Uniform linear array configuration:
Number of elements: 16
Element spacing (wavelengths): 0.5
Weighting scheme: binomial
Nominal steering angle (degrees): -30
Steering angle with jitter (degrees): -31.965
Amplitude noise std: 0.05
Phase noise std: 0.05

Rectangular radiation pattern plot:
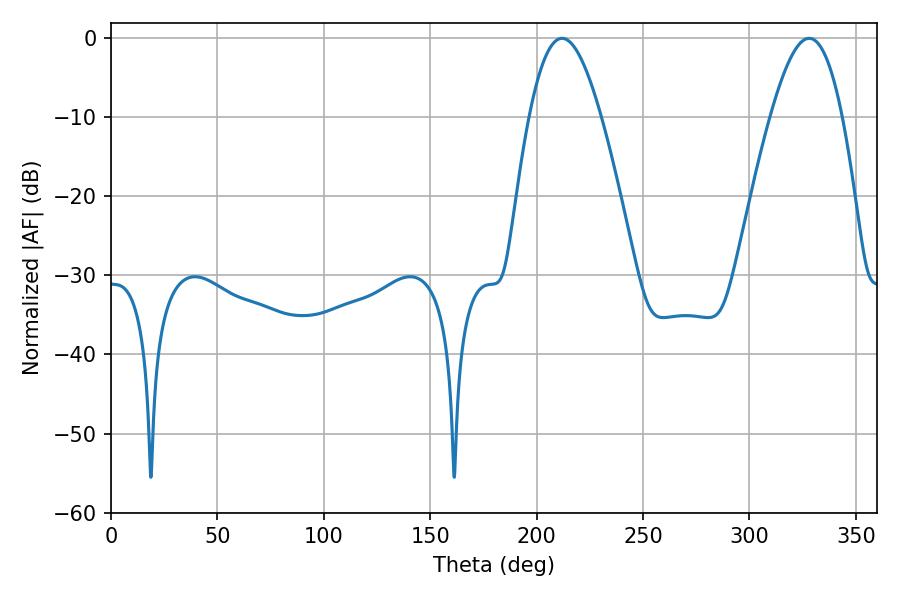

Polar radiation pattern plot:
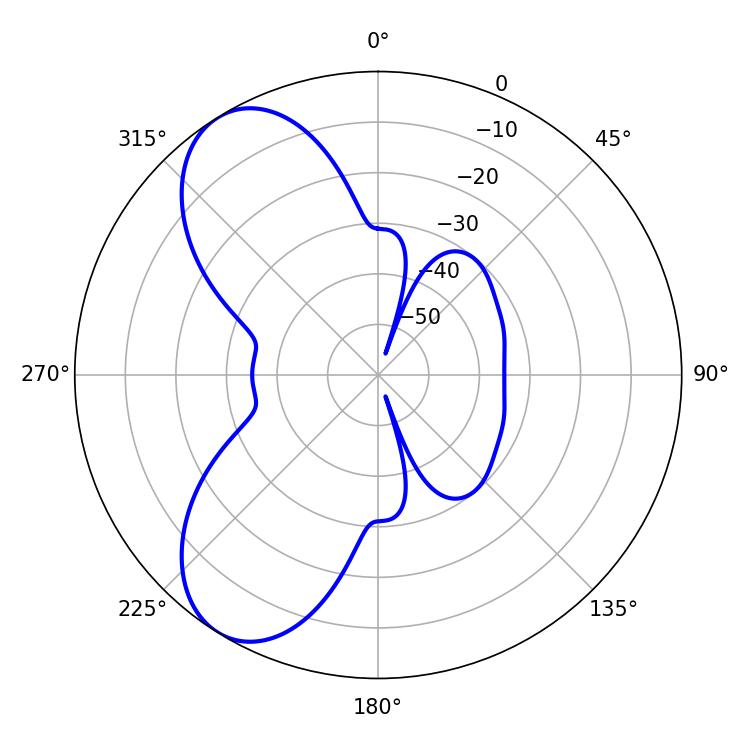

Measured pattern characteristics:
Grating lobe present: FALSE
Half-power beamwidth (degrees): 18.36
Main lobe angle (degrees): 328.14